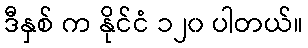
ဒီနှစ် က နိုင်ငံ ၁၂၀ ပါတယ်။